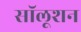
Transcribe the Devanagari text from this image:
सॉलूशन